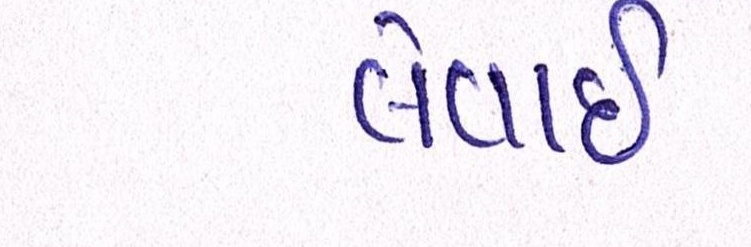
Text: લેવાઇ